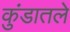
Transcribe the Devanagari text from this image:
कुंडातले